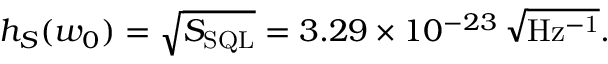
h _ { S } ( w _ { 0 } ) = \sqrt { S _ { \mathrm { S Q L } } } = 3 . 2 9 \times 1 0 ^ { - 2 3 } \, \sqrt \mathrm { H z ^ { - 1 } } .